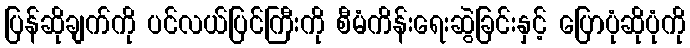
ပြန်ဆိုချက်ကို ပင်လယ်ပြင်ကြီးကို စီမံကိန်းရေးဆွဲခြင်းနှင့် ပြောပုံဆိုပုံကို